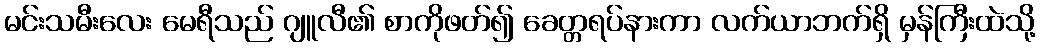
မင်းသမီးလေး မေရီသည် ဂျူလီ၏ စာကိုဖတ်၍ ခေတ္တရပ်နားကာ လက်ယာဘက်ရှိ မှန်ကြီးထဲသို့